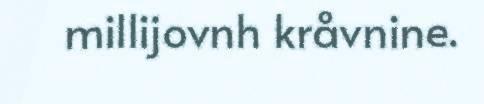
millijovnh kråvnine.